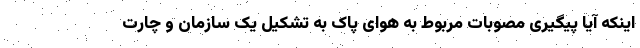
اینکه آیا پیگیری مصوبات مربوط به هوای پاک به تشکیل یک سازمان و چارت